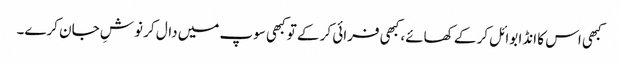
کبھی اس کا انڈا بوائل کر کے کھائے، کبھی فرائی کر کے تو کبھی سوپ میں دال کر نوشِ جان کرے۔